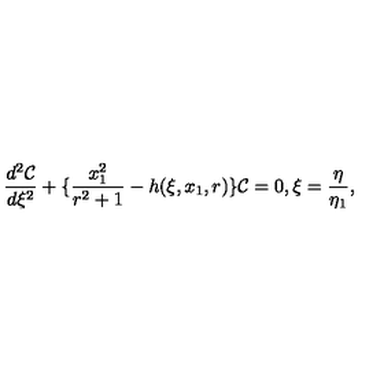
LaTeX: \frac { d ^ { 2 } { \cal C } } { d \xi ^ { 2 } } + \{ \frac { x _ { 1 } ^ { 2 } } { r ^ { 2 } + 1 } - h ( \xi , x _ { 1 } , r ) \} { \cal C } = 0 , \xi = \frac { \eta } { \eta _ { 1 } } ,